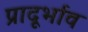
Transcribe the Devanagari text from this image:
प्रादूर्भाव